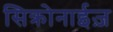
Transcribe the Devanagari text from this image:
सिक्रोनाईज़